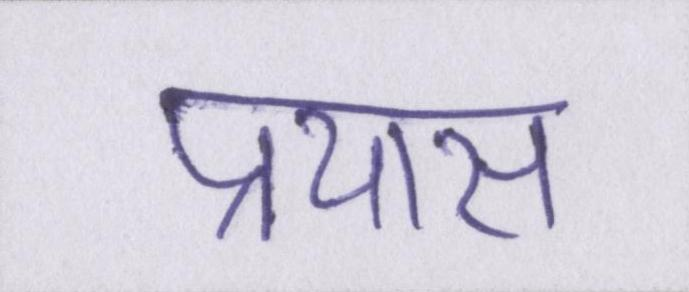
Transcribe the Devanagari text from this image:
प्रयास